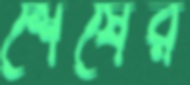
শেষের